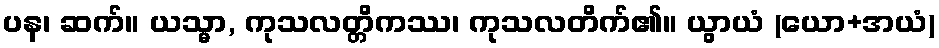
ပန၊ ဆက်။ ယသ္မာ, ကုသလတ္တိကဿ၊ ကုသလတိက်၏။ ယွာယံ (ယော+အယံ)